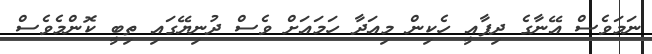
ނަމަވެސް އޭނާގެ ދިފާއީ ހެކިން މިއަދާ ހަމައަށް ވެސް ދުނިޔޭގައި ތިބީ ކޮންމެވެސް